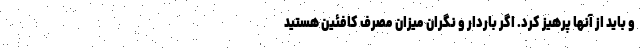
و باید از آنها پرهیز کرد. اگر باردار و نگران میزان مصرف کافئین هستید